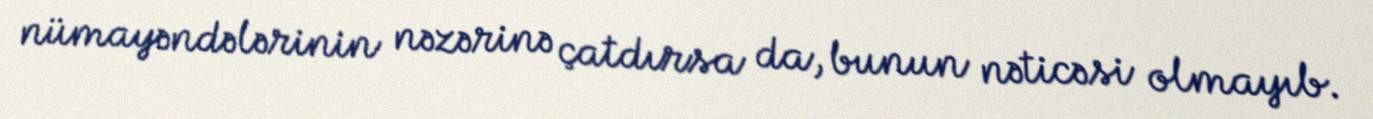
nümayəndələrinin nəzərinə çatdırsa da, bunun nəticəsi olmayıb.